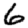
Digit: 6